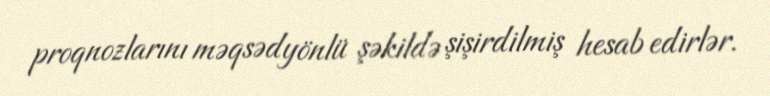
proqnozlarını məqsədyönlü şəkildə şişirdilmiş hesab edirlər.